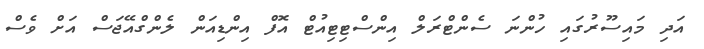
އަދި މައިސޫރުގައި ހުންނަ ސެންޓްރަލް އިންސްޓިޓިއުޓް އޮފް އިންޑިއަން ލެންގްއޭޖަސް އަށް ވެސް